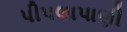
પીપલાપાણી